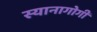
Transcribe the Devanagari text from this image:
स्यानागोगी